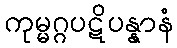
ကုမ္မဂ္ဂပဋိပန္နာနံ